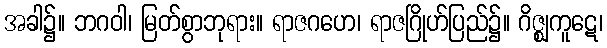
အခါ၌။ ဘဂဝါ၊ မြတ်စွာဘုရား။ ရာဇဂဟေ၊ ရာဇဂြိုဟ်ပြည်၌။ ဂိဇ္ဈကူဋေ၊